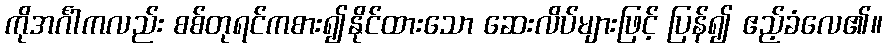
ကိုအင်္ဂါကလည်း စစ်တုရင်ကစား၍နိုင်ထားသော ဆေးလိပ်များဖြင့် ပြန်၍ ဧည့်ခံလေ၏။